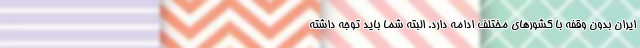
ایران بدون وقفه با کشورهای مختلف ادامه دارد. البته شما باید توجه داشته